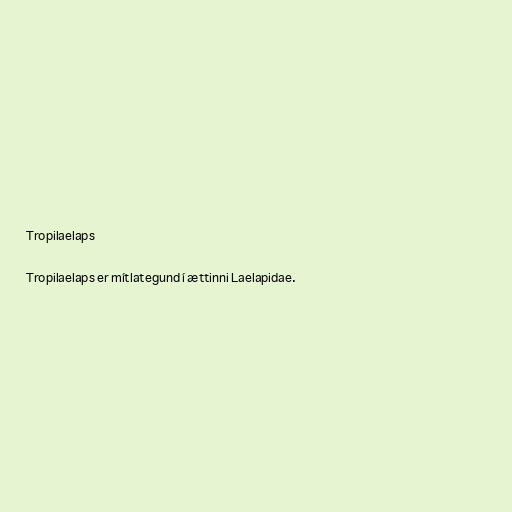
Tropilaelaps

Tropilaelaps er mítlategund í ættinni Laelapidae.